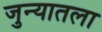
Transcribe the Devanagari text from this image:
जुन्यातला